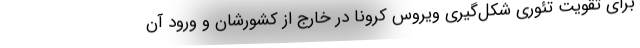
برای تقویت تئوری شکل‌گیری ویروس کرونا در خارج از کشورشان و ورود آن